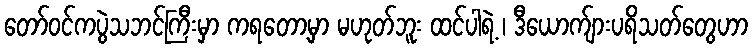
တော်ဝင်ကပွဲသဘင်ကြီးမှာ ကရတော့မှာ မဟုတ်ဘူး ထင်ပါရဲ့ ၊ ဒီယောက်ျားပရိသတ်တွေဟာ